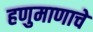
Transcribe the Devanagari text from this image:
हणुमाणाचे